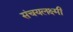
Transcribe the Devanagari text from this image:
संचयलक्ष्मी